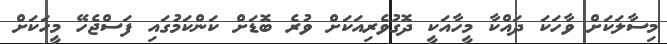
މިސާލަކަށް ވާހަކަ ދައްކާ މީހާއަކީ ދޮގުވެރިއަކަށް ވުރެ ބޮޑަށް ކަންކަމުގައި ފަސްޖެހޭ މީހަކަށް